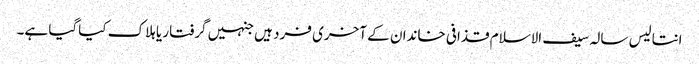
انتالیس سالہ سیف الاسلام قذافی خاندان کے آخری فرد ہیں جنہیں گرفتار یا ہلاک کیاگیا ہے۔